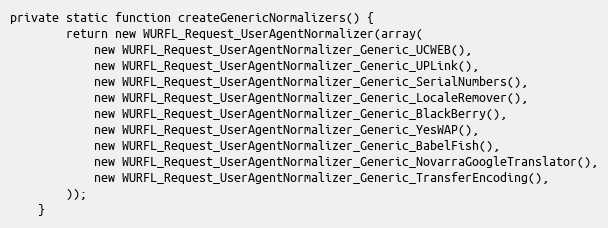
Language: PHP
private static function createGenericNormalizers() {
		return new WURFL_Request_UserAgentNormalizer(array(
			new WURFL_Request_UserAgentNormalizer_Generic_UCWEB(),
			new WURFL_Request_UserAgentNormalizer_Generic_UPLink(),
			new WURFL_Request_UserAgentNormalizer_Generic_SerialNumbers(),
			new WURFL_Request_UserAgentNormalizer_Generic_LocaleRemover(),
			new WURFL_Request_UserAgentNormalizer_Generic_BlackBerry(),
			new WURFL_Request_UserAgentNormalizer_Generic_YesWAP(),
			new WURFL_Request_UserAgentNormalizer_Generic_BabelFish(),
			new WURFL_Request_UserAgentNormalizer_Generic_NovarraGoogleTranslator(),
			new WURFL_Request_UserAgentNormalizer_Generic_TransferEncoding(),
		));
	}